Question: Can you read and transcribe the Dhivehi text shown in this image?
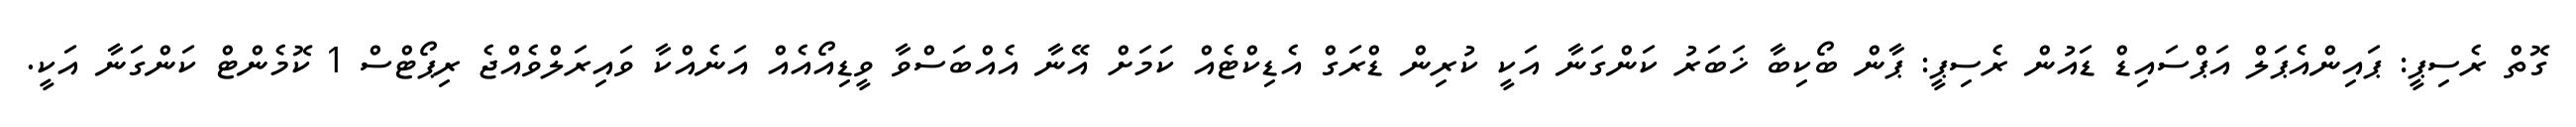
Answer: ގޮތް ރެސިޕީ: ޕައިންއެޕަލް އަޕްސައިޑް ޑައުން ރެސިޕީ: ޕާން ބޯކިބާ ޚަބަރު ކަންގަނާ އަކީ ކުރިން ޑްރަގް އެޑިކްޓެއް ކަމަށް އޭނާ އެއްބަސްވާ ވީޑިއޯއެއް އަނެއްކާ ވައިރަލްވެއްޖެ ރިޕޯޓްސް 1 ކޮމެންޓް ކަންގަނާ އަކީ.